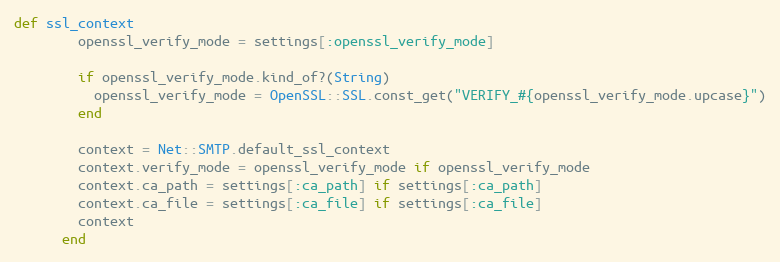
Language: Ruby
def ssl_context
        openssl_verify_mode = settings[:openssl_verify_mode]

        if openssl_verify_mode.kind_of?(String)
          openssl_verify_mode = OpenSSL::SSL.const_get("VERIFY_#{openssl_verify_mode.upcase}")
        end

        context = Net::SMTP.default_ssl_context
        context.verify_mode = openssl_verify_mode if openssl_verify_mode
        context.ca_path = settings[:ca_path] if settings[:ca_path]
        context.ca_file = settings[:ca_file] if settings[:ca_file]
        context
      end